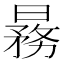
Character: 𬁒